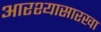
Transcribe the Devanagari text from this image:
आरश्यासारखा